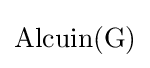
{\rm {{Alcuin}(G)}}